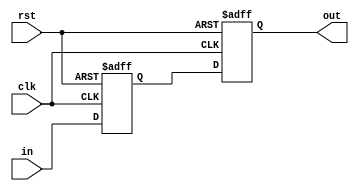
/* cross domain synchronizer */
module sync # (
	/* bit width of the signal being synchronized */
	parameter WIDTH = 8,
	/* number of stages */
	parameter STAGES = 2
)
(
	/* clock and reset in destination domain */
	input wire clk, rst,
	/* input signal from source domain */
	input wire [WIDTH-1:0] in,
	/* output signal in destination domain */
	output wire [WIDTH-1:0] out
);

/* sync register */
reg [WIDTH-1:0] sync_reg [0:STAGES];
/* integer for sync reg chain generation */
integer i;

/* synchronization */
always @ (posedge clk or posedge rst)
begin
	/* reset logic */
	if (rst) begin
		for (i = 0; i < STAGES; i = i + 1)
			sync_reg[i] <= 0;
	/* normal synchronization */
	end else begin
		/* connect the input */
		sync_reg[0] <= in;
		/* chain sync registers */
		for (i = 1; i < STAGES; i = i + 1)
			sync_reg[i] <= sync_reg[i-1];
	end
end

/* connect the output */
assign out = sync_reg[STAGES - 1];

endmodule